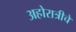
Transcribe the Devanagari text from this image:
अहोरात्रीचे